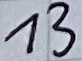
Text: 13